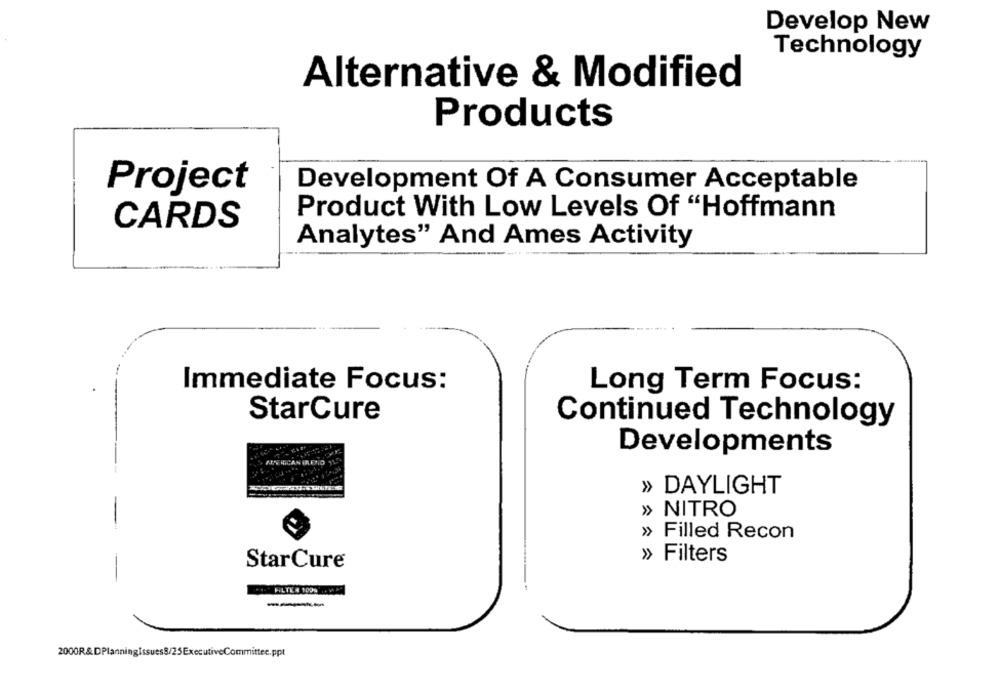
Develop New
Technology
Alternative & Modified
Products
Development Of A Consumer Acceptable
Project
Product With Low Levels Of "Hoffmann
CARDS
Analytes" And Ames Activity
Long Term Focus:
Immediate Focus:
StarCure
Continued Technology
Developments
» DAYLIGHT
» NITRO
» Filled Recon
Filters
StarCure
.PILTE # 1099 VA]]
---
2000R& DPlanningIssues8/25ExecutiveCommittee.ppt